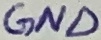
Text: GND